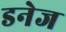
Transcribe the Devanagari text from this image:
डनेज